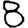
Digit: 8